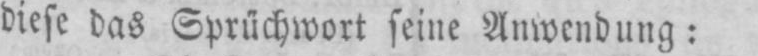
diese das Sprüchwort seine Anwendung: